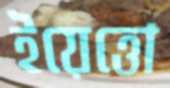
ইয়েত্তো